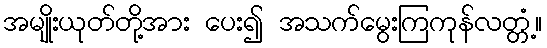
အမျိုးယုတ်တို့အား ပေး၍ အသက်မွေးကြကုန်လတ္တံ့။